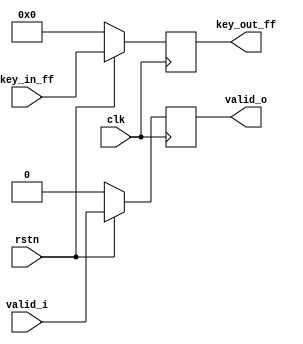
module key_ff (
    input clk, rstn,
    input valid_i,
    input [55:0] key_in_ff,
    output reg valid_o,
    output reg [55:0] key_out_ff
);
    //implements a FF for pipelining
    always @(posedge clk ) begin
        if (!rstn) begin
            valid_o <= 0;
            key_out_ff <=0;
        end else begin
            valid_o <= valid_i;
            key_out_ff <= key_in_ff;
        end
    end
endmodule